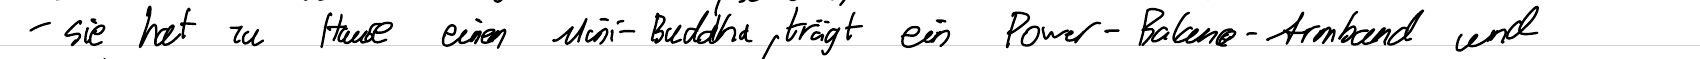
- sie hat zu Hause einem Mini-Buddha, trägt ein Power-Balance- Armband und